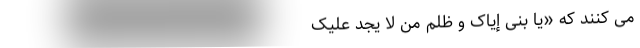
می کنند که «یا بُنَیَّ إِیَّاکَ وَ ظُلْمَ مَنْ لَا یَجِدُ عَلَیْکَ